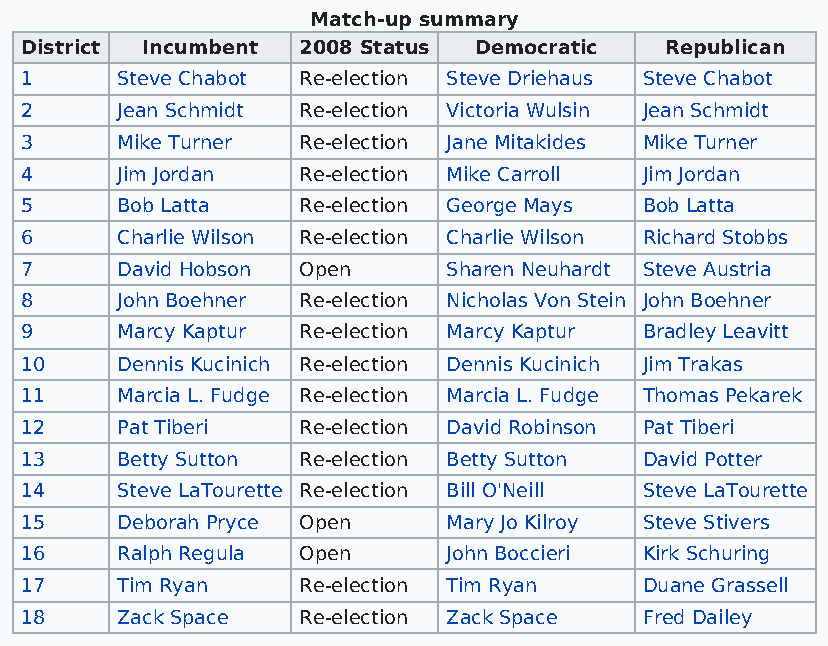
Match-up summary
 District Incumbent 2008 Status Democratic  Republican
 1      Steve Chabot Re-election Steve Driehaus Steve Chabot
 2      Jean Schmidt Re-election Victoria Wulsin Jean Schmidt
 3      Mike Turner Re-election Jane Mitakides Mike Turner
 4      Jim Jordan  Re-election Mike Carroll Jim Jordan
 5      Bob Latta   Re-election George Mays Bob Latta
 6      Charlie Wilson Re-election Charlie Wilson Richard Stobbs
 7      David Hobson Open     Sharen Neuhardt Steve Austria
 8      John Boehner Re-election Nicholas Von Stein John Boehner
 9      Marcy Kaptur Re-election Marcy Kaptur Bradley Leavitt
 10     Dennis Kucinich Re-election Dennis Kucinich Jim Trakas
 11     Marcia L. Fudge Re-election Marcia L. Fudge Thomas Pekarek
 12     Pat Tiberi  Re-election David Robinson Pat Tiberi
 13     Betty Sutton Re-election Betty Sutton David Potter
 14     Steve LaTourette Re-election Bill O'Neill Steve LaTourette
 15     Deborah Pryce Open    Mary Jo Kilroy Steve Stivers
 16     Ralph Regula Open     John Boccieri Kirk Schuring
 17     Tim Ryan    Re-election Tim Ryan  Duane Grassell
 18     Zack Space  Re-election Zack Space Fred Dailey